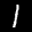
Label: 1